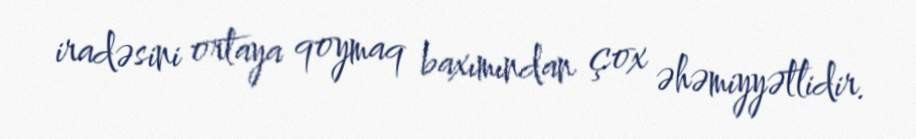
iradəsini ortaya qoymaq baxımından çox əhəmiyyətlidir.